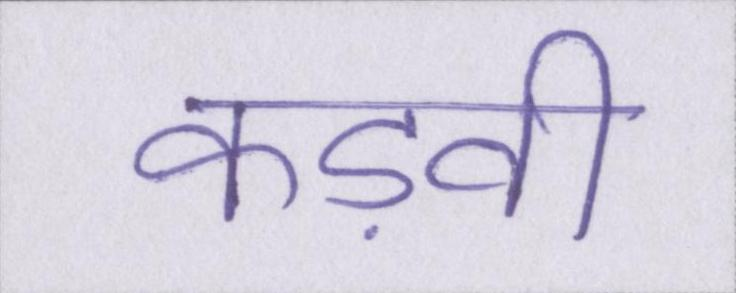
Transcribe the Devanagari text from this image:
कड़वी